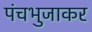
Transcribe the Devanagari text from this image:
पंचभुजाकर